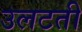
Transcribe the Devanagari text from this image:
उलटती